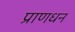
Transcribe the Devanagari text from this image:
प्राणधन